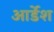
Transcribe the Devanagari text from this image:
आर्डेश